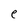
Character: e